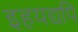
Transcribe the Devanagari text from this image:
इहयद्यपि